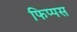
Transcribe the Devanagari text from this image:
फिप्पस